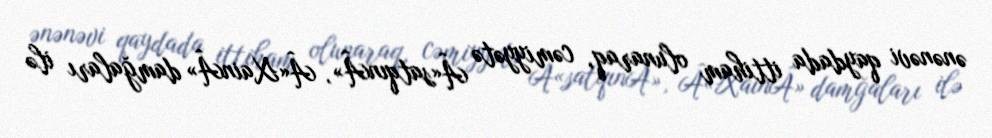
ənənəvi qaydada ittiham olunaraq, cəmiyyətə Â«satqınÂ», Â«XainÂ» damğaları ilə